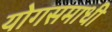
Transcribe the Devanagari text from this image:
योगसमाधी